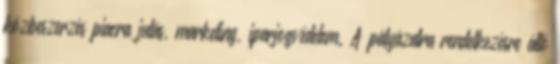
közbeszerzés piacra jutás, marketing, iparjogvédelem. A pályázatra rendelkezésre álló